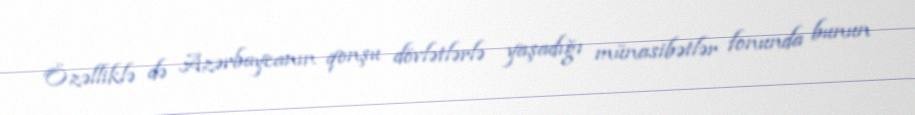
Özəlliklə də Azərbaycanın qonşu dövlətlərlə yaşadığı münasibətlər fonunda bunun